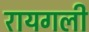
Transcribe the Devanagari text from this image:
रायगली